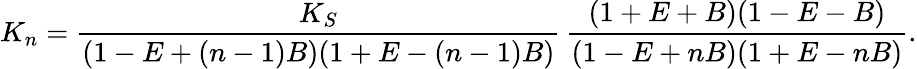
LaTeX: K_{n}=\frac{K_{S}}{(1-E+(n-1)B)(1+E-(n-1)B)}\, \frac{(1+E+B)(1-E-B)}{(1-E+nB)(1+E-nB)}.